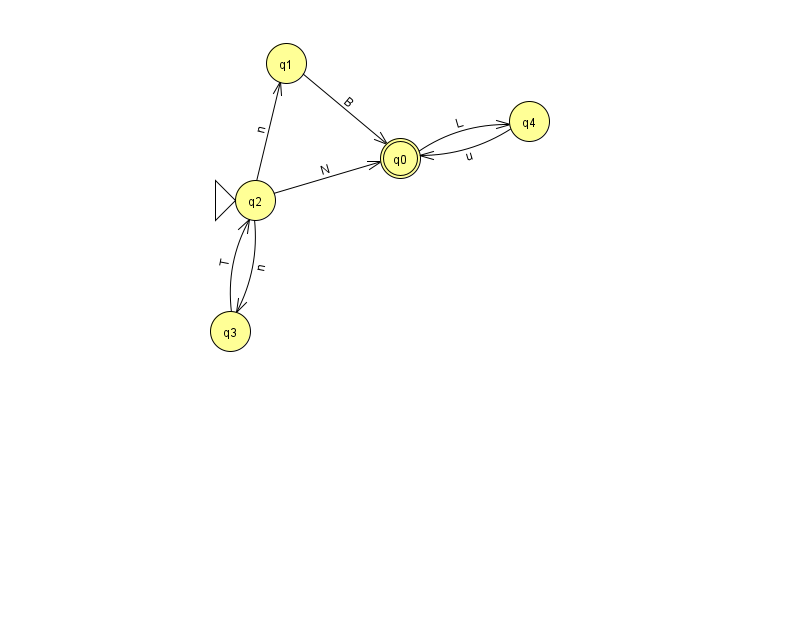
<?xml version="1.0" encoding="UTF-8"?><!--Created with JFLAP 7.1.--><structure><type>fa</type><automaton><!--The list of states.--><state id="0" name="q0"><x>400.0</x><y>145.0</y><final/></state><state id="1" name="q1"><x>286.0</x><y>50.0</y></state><state id="2" name="q2"><x>255.0</x><y>187.0</y><initial/></state><state id="3" name="q3"><x>230.0</x><y>318.0</y></state><state id="4" name="q4"><x>529.0</x><y>108.0</y></state><!--The list of transitions.--><transition><from>4</from><to>0</to><read>u</read></transition><transition><from>2</from><to>0</to><read>N</read></transition><transition><from>1</from><to>0</to><read>B</read></transition><transition><from>2</from><to>1</to><read>n</read></transition><transition><from>3</from><to>2</to><read>T</read></transition><transition><from>0</from><to>4</to><read>L</read></transition><transition><from>2</from><to>3</to><read>n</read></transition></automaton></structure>